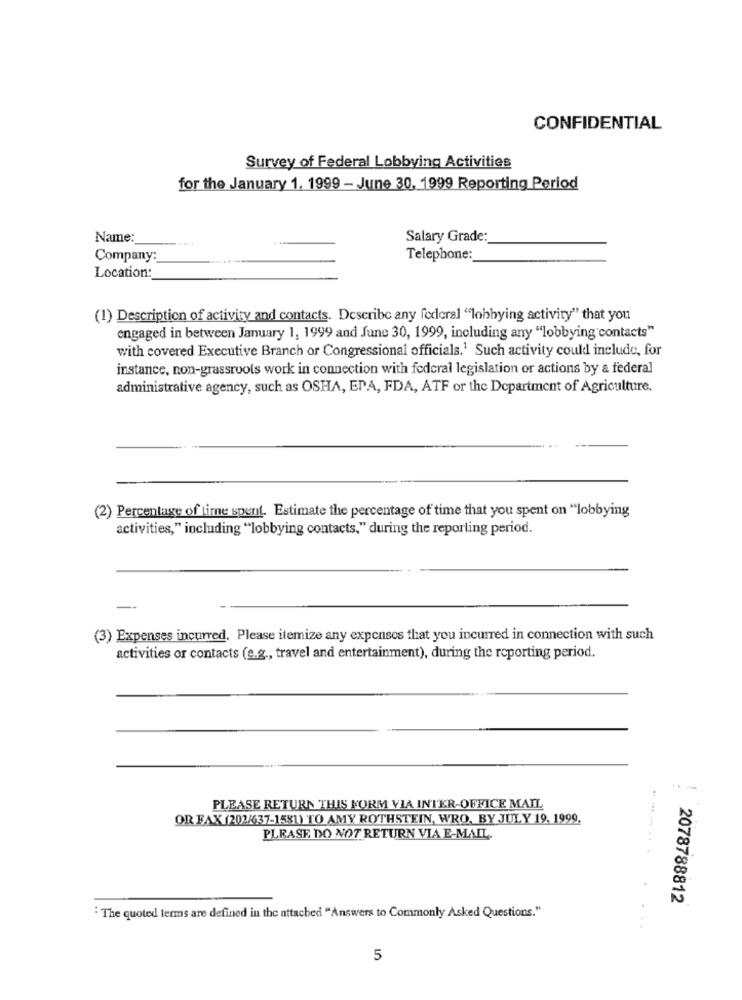
CONFIDENTIAL
Survey of Federal Lobbying Activities
for the January 1. 1999 - June 30, 1999 Reporting Period
Name:
Salary Grade:
Company:
Telephone:
Location:
(1) Description of activity and contacts. Describe any federal "lobbying activity" that you
engaged in between January 1, 1999 and June 30, 1999, including any "lobbying contacts"
with covered Executive Branch or Congressional officials.1 Such activity could include, for
instance, non-grassroots work in connection with federal legislation or actions by a federal
administrative agency, such as OSHA, EDA, FDA, ATF or the Department of Agriculture.
(2) Percentage of time spent. Estimate the percentage of time that you spent on "lobbying
activities," including "lobbying contacts," during the reporting period.
(3) Expenses incurred. Please itemize any expenses that you incurred in connection with such
activities or contacts (e.g ., travel and entertainment), during the reporting period.
PLEASE RETURN THIS NORM VIA INTER-OFFICE MAIL
OR FAX (202/637-1581) TO AMY ROTHSTEIN, WRO, BY JULY 19, 1999.
PLEASE DO NOT RETURN VIA E-MAIL.
2078788812
" The quoted terms are defined in the attached "Answers to Commonly Asked Questions."
5